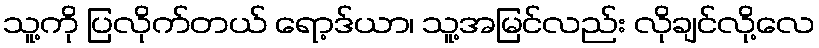
သူ့ကို ပြလိုက်တယ် ရော့ဒ်ယာ၊ သူ့အမြင်လည်း လိုချင်လို့လေ